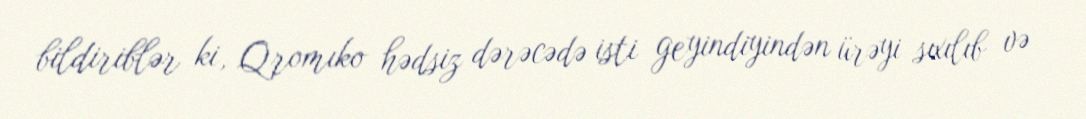
bildiriblər ki, Qromıko hədsiz dərəcədə isti geyindiyindən ürəyi sıxılıb və